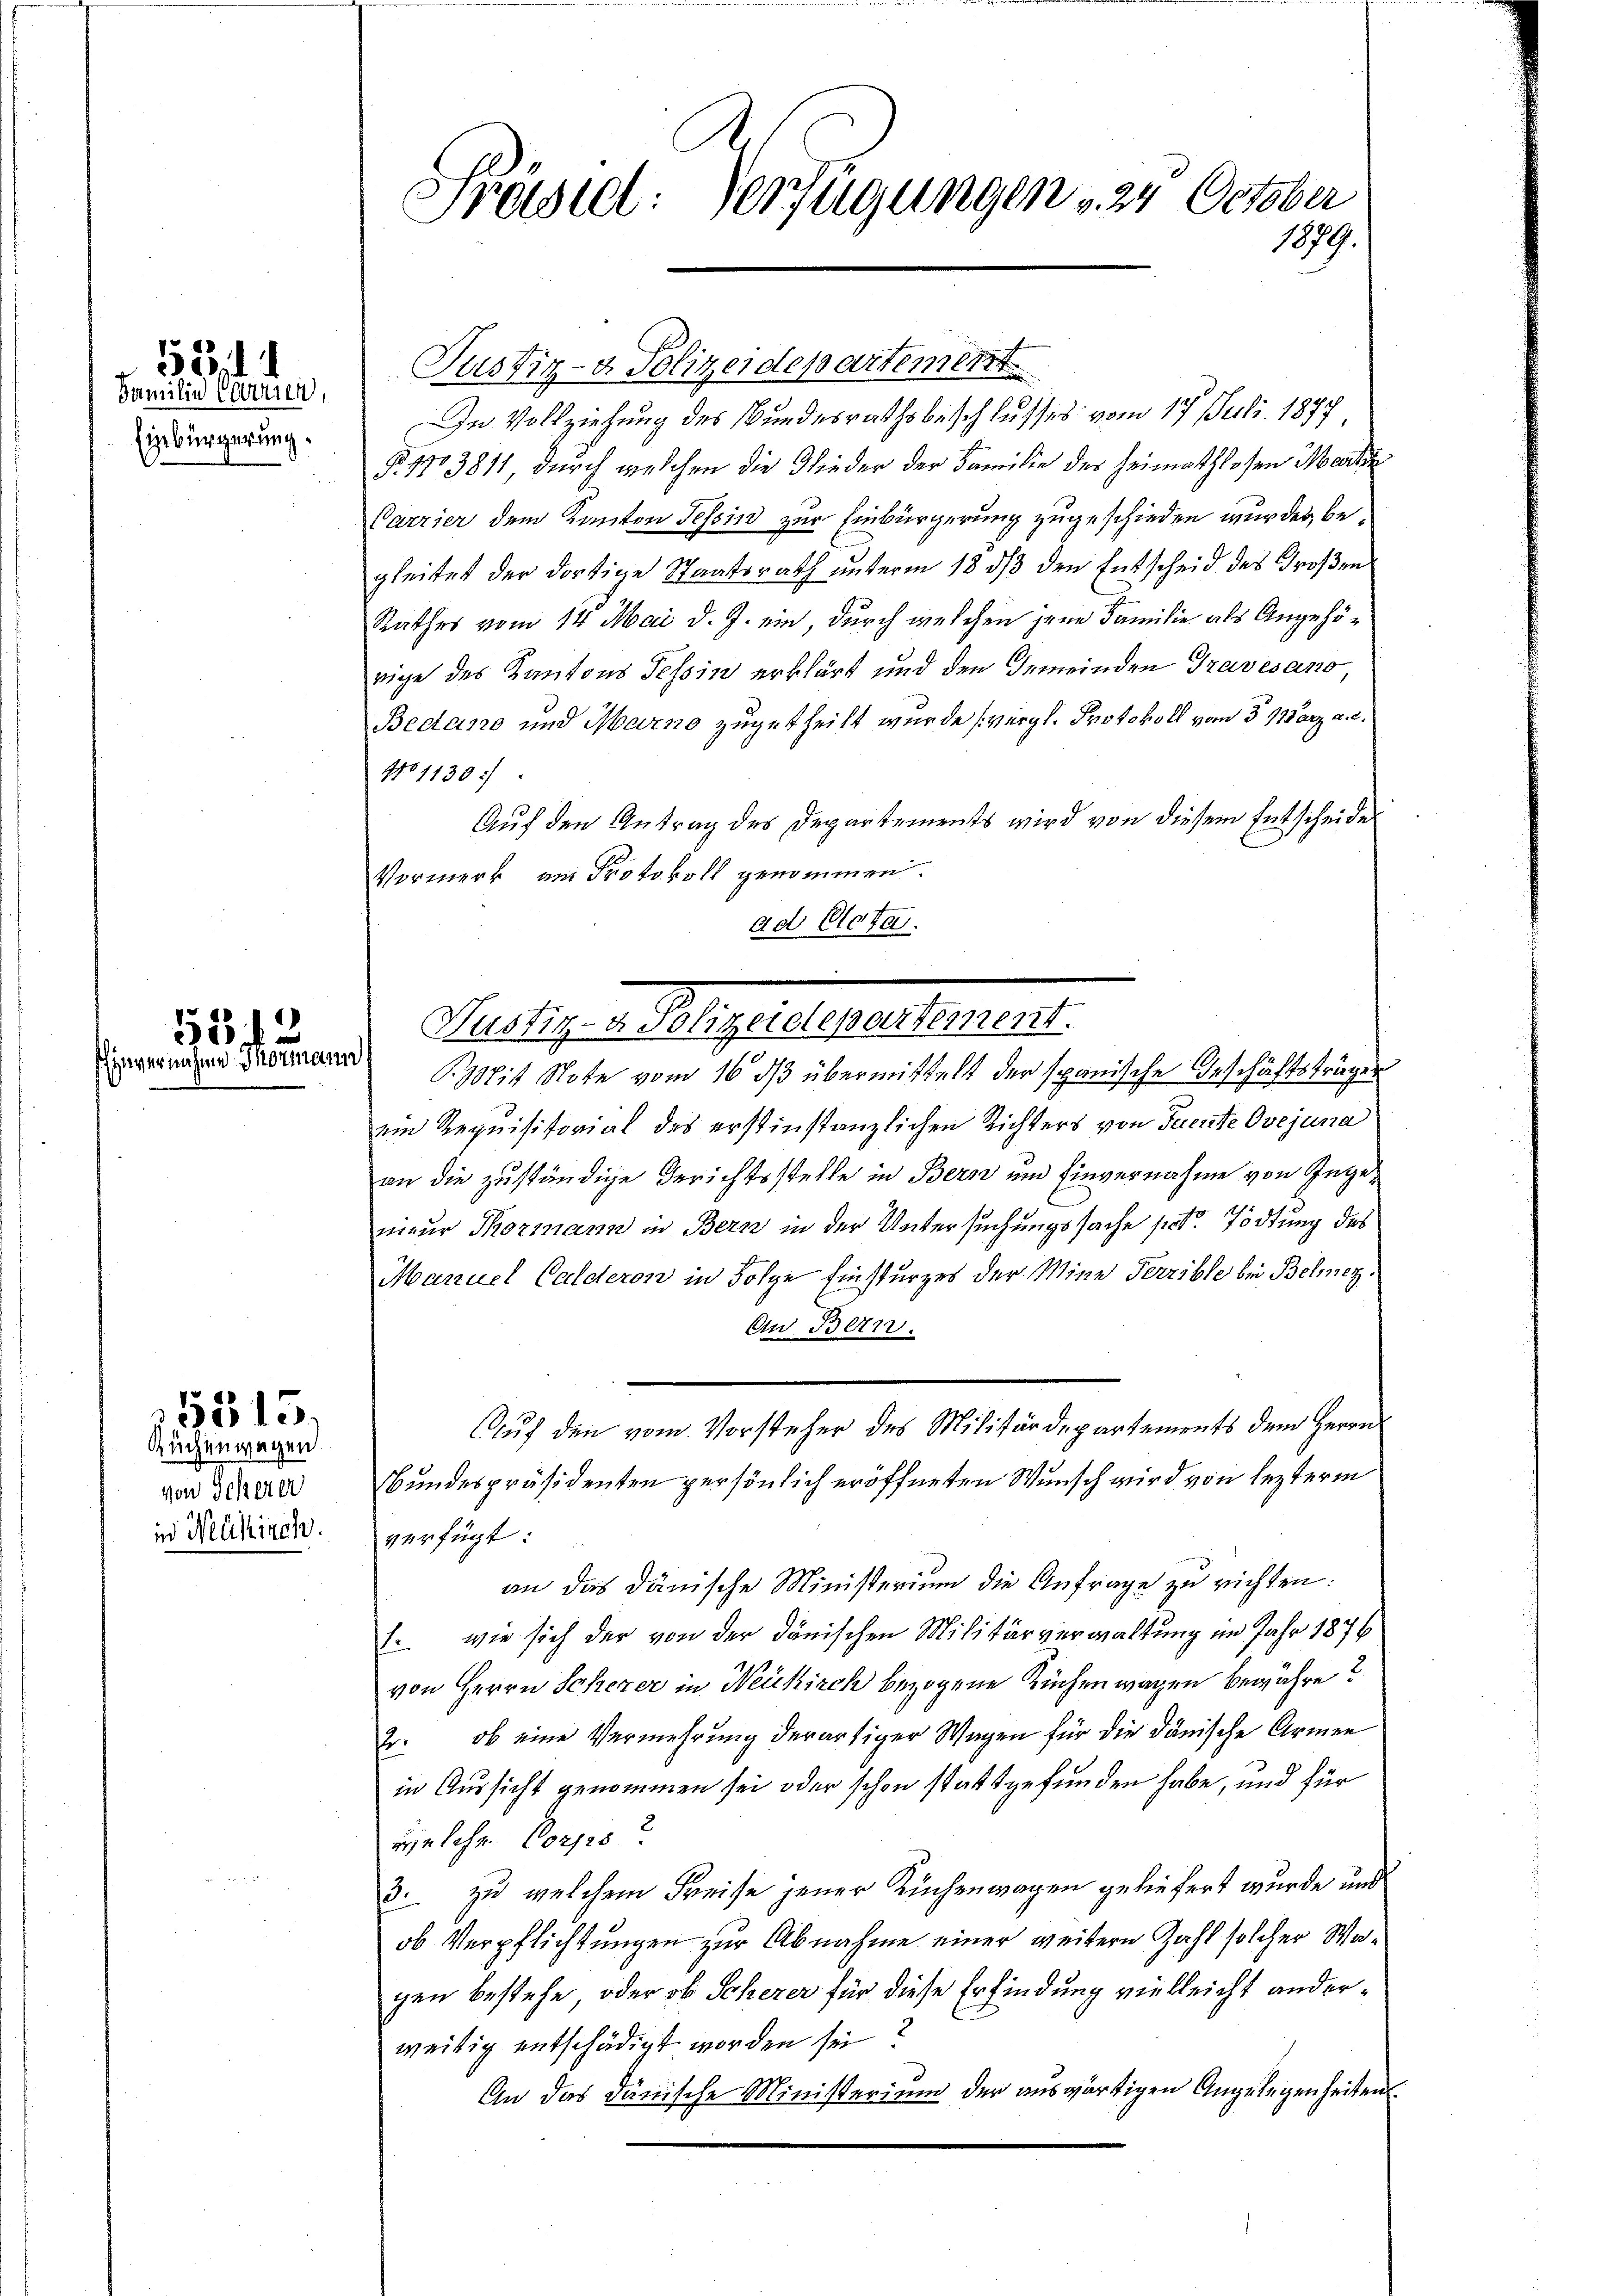
Familie Corrien,
Eigebürgerung

1521

5512
Einvernahme Thormann

Ruchenwegen
von Scherer
in Neukirch

5315.

Präseel. Verfügungen v. 24. October
1879.

Justiz- & Polizeidepartement
In Vollziehung des Bundesrathsbeschlusses vom 17. Juli 1877,
§. 1703811, durch welchen die Glieder der Familie der Heimathlosen Marke
Carrier dem Kanton Tessin zur Einbürgerung zugeschieden wurden, begleitet der dortige Staatsrath unterm 18. dβ den Entscheid des Großen
Rathes vom 14. Mai d. J. ein, durch welchen jene Familie als Angehörige des Kantons Tessin erklärt und den Gemeinden Travesano
Bedano und Marno zugetheilt wurde (vergl. Protokoll vom 3. März a. c.
No 1130 :/
Auf den Antrag des Departements wird von diesem Entscheide
Vormerk am Protokoll genommen.
ad Acta.
Bit Note vom 16. dβ übermittelt der spanische Geschäftsträger
am Requisitorial des erstinstanzlichen Richters von Tuente Ovejuna
an die zuständige Gerichtsstelle in Bern und Einvernahme von Ingeneur Thormann in Bern in der Untersuchungssache poter Tödtung des
Manuel Calderon in Folge Einsturzes der Mine Terrible bei Belmezz
An Bern.
Auf den vom Vorsteher des Militärdepartements dem Herrn
Bundespräsidenten persönlich eröffneten Wunsch wird von lezterm
verfügt:
an das dänische Ministerium die Anfrage zu richten:
(. wie sich der von der dänischen Militärverwaltung im Jahr 1876
von Herrn Scherer in Neukirch bezogene Buchen wagen bewähre?
Er: ob eine Vermehrung derartiger Wagen für die Dänische Armen
in Aussicht genommen sei oder schon stattgefunden habe, und für
welche Corps
3. zu welchem Freise jener Küchenwagen geliefert wurde und
ob Verpflichtungen zur Abnahme einer weitere Zahl solcher Wagen bestehe, oder ob Scherer für diese Erfindung vielleicht anderweitig entschädigt worden sei
An das Dänische Ministerium der auswärtigen Angelegenheiten.

Melligen Gelege begehrere es